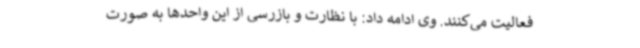
فعالیت می‌کنند. وی ادامه داد: با نظارت و بازرسی از این واحدها به صورت